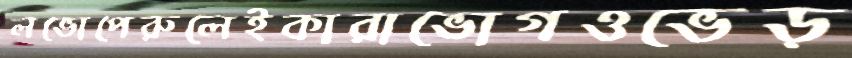
লভোপেরুলেইকারাভোগওভেড়